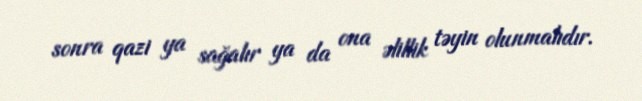
sonra qazi ya sağalır ya da ona əlillik təyin olunmalıdır.